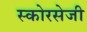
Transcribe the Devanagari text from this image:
स्कोरसेजी